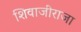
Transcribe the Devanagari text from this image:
शिवाजीराजा